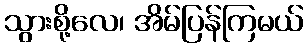
သွားစို့လေ၊ အိမ်ပြန်ကြမယ်